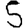
Digit: 5